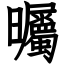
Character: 曯